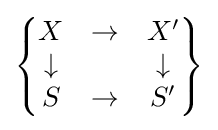
\left\{{\begin{matrix}X&\to &X'\\\downarrow &&\downarrow \\S&\to &S'\end{matrix}}\right\}